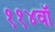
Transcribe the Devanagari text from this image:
११४वॉ